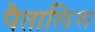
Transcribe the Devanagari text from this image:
पैतालिस